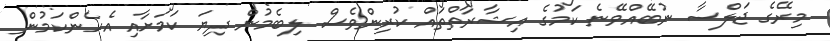
މިރޭގެ ޖަލްސާ ނުބޭއްވޭނެ ކަމުގެ އިޝާރާތްތައް ކުރިންވެސް ލިބެމުން ދިޔަ ކަމަށާއި އެހެންކަމުން